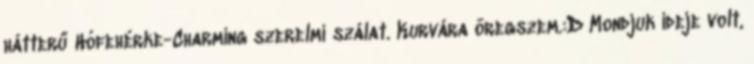
hátterű Hófehérke-Charming szerelmi szálat. Kurvára öregszem.:D Mondjuk ideje volt,